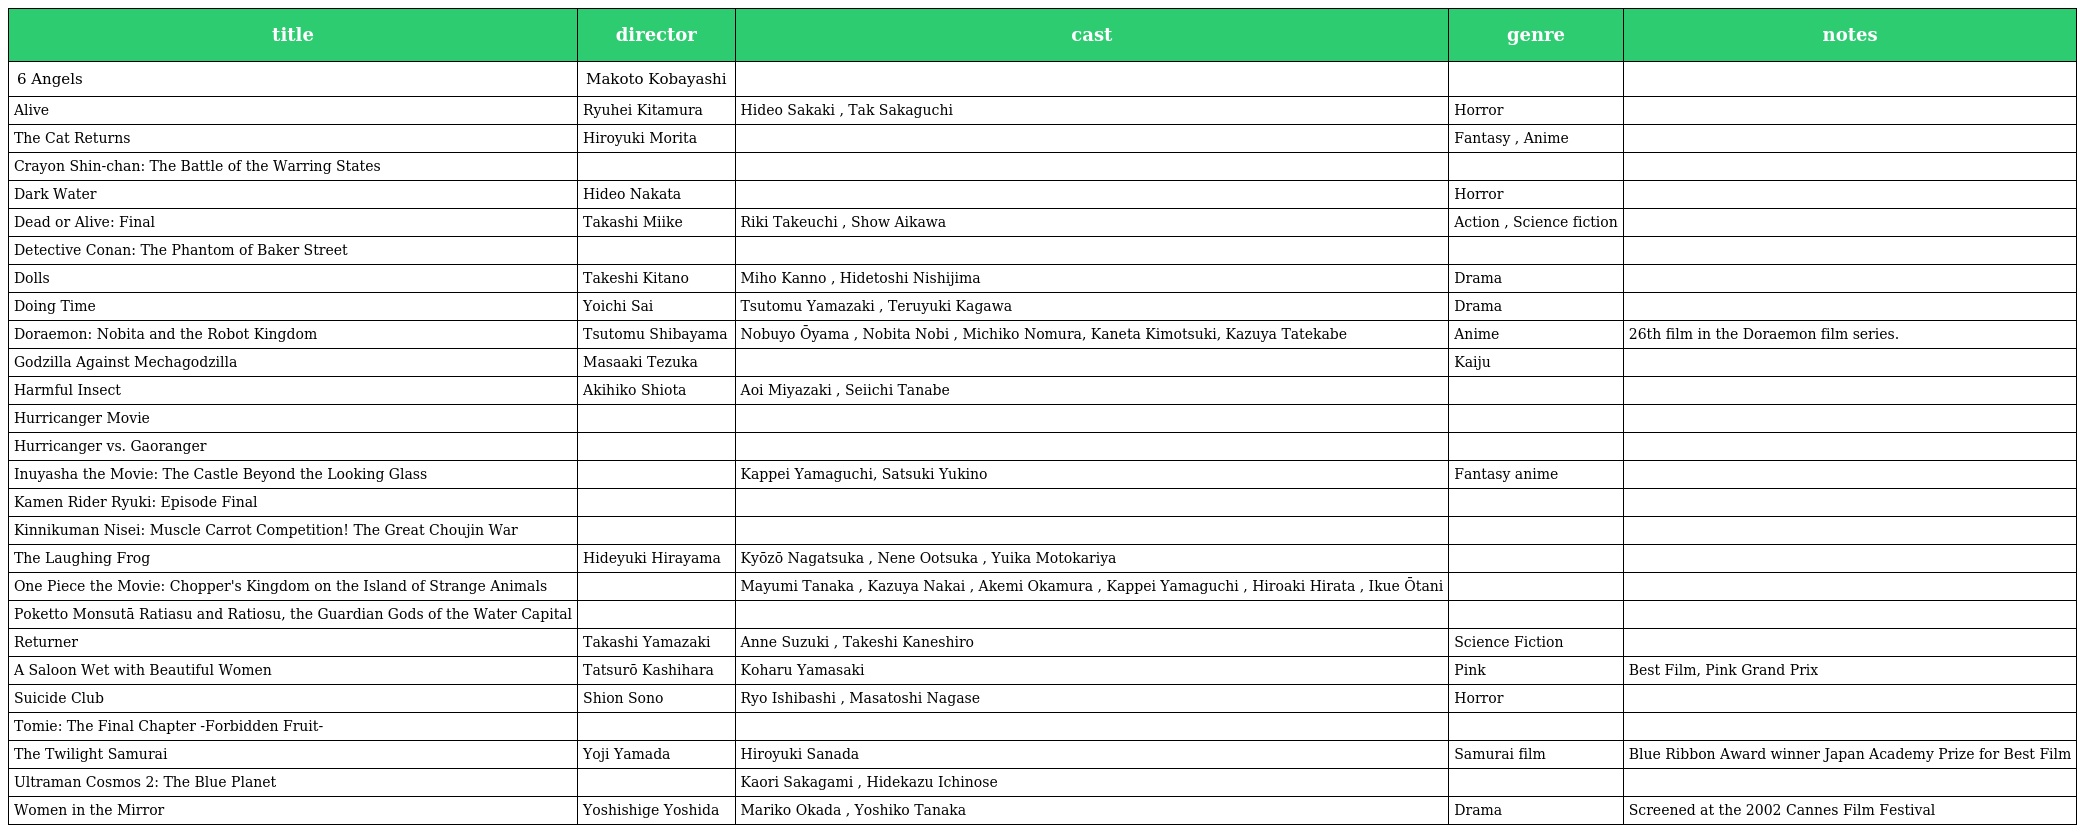
| title | director | cast | genre | notes |
 | --- | --- | --- | --- | --- |
 | 6 Angels | Makoto Kobayashi |  |  |  |
 | Alive | Ryuhei Kitamura | Hideo Sakaki , Tak Sakaguchi | Horror |  |
 | The Cat Returns | Hiroyuki Morita |  | Fantasy , Anime |  |
 | Crayon Shin-chan: The Battle of the Warring States |  |  |  |  |
 | Dark Water | Hideo Nakata |  | Horror |  |
 | Dead or Alive: Final | Takashi Miike | Riki Takeuchi , Show Aikawa | Action , Science fiction |  |
 | Detective Conan: The Phantom of Baker Street |  |  |  |  |
 | Dolls | Takeshi Kitano | Miho Kanno , Hidetoshi Nishijima | Drama |  |
 | Doing Time | Yoichi Sai | Tsutomu Yamazaki , Teruyuki Kagawa | Drama |  |
 | Doraemon: Nobita and the Robot Kingdom | Tsutomu Shibayama | Nobuyo Ōyama , Nobita Nobi , Michiko Nomura, Kaneta Kimotsuki, Kazuya Tatekabe | Anime | 26th film in the Doraemon film series. |
 | Godzilla Against Mechagodzilla | Masaaki Tezuka |  | Kaiju |  |
 | Harmful Insect | Akihiko Shiota | Aoi Miyazaki , Seiichi Tanabe |  |  |
 | Hurricanger Movie |  |  |  |  |
 | Hurricanger vs. Gaoranger |  |  |  |  |
 | Inuyasha the Movie: The Castle Beyond the Looking Glass |  | Kappei Yamaguchi, Satsuki Yukino | Fantasy anime |  |
 | Kamen Rider Ryuki: Episode Final |  |  |  |  |
 | Kinnikuman Nisei: Muscle Carrot Competition! The Great Choujin War |  |  |  |  |
 | The Laughing Frog | Hideyuki Hirayama | Kyōzō Nagatsuka , Nene Ootsuka , Yuika Motokariya |  |  |
 | One Piece the Movie: Chopper's Kingdom on the Island of Strange Animals |  | Mayumi Tanaka , Kazuya Nakai , Akemi Okamura , Kappei Yamaguchi , Hiroaki Hirata , Ikue Ōtani |  |  |
 | Poketto Monsutā Ratiasu and Ratiosu, the Guardian Gods of the Water Capital |  |  |  |  |
 | Returner | Takashi Yamazaki | Anne Suzuki , Takeshi Kaneshiro | Science Fiction |  |
 | A Saloon Wet with Beautiful Women | Tatsurō Kashihara | Koharu Yamasaki | Pink | Best Film, Pink Grand Prix |
 | Suicide Club | Shion Sono | Ryo Ishibashi , Masatoshi Nagase | Horror |  |
 | Tomie: The Final Chapter -Forbidden Fruit- |  |  |  |  |
 | The Twilight Samurai | Yoji Yamada | Hiroyuki Sanada | Samurai film | Blue Ribbon Award winner Japan Academy Prize for Best Film |
 | Ultraman Cosmos 2: The Blue Planet |  | Kaori Sakagami , Hidekazu Ichinose |  |  |
 | Women in the Mirror | Yoshishige Yoshida | Mariko Okada , Yoshiko Tanaka | Drama | Screened at the 2002 Cannes Film Festival |